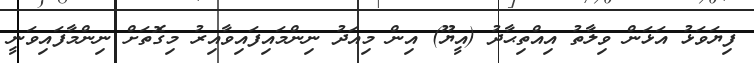
ފިޔަވަޅު އަޅަން ވިލާތު އިއްތިޙާދު (އީޔޫ) އިން މިއަދު ނިންމައިފައިވާއިރު މިގޮތަށް ނިންމާފައިވަނީ